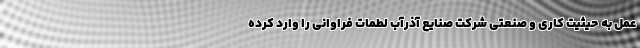
عمل به حیثیت کاری و صنعتی شرکت صنایع آذرآب لطمات فراوانی را وارد کرده